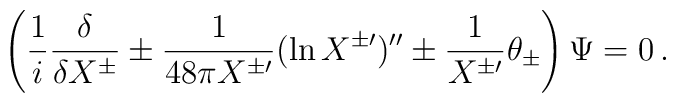
\left( \frac{1}{i}  \frac{\delta}{\delta X^{\pm}}           \pm \frac{1}{48 \pi X^{\pm \prime}}           (\ln X^{\pm \prime})''           \pm \frac{1}{X^{\pm \prime}} \theta_{\pm} \right)           \Psi = 0\,.